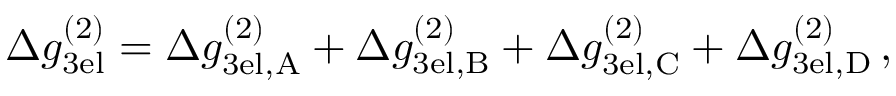
\Delta g _ { \mathrm { 3 e l } } ^ { ( 2 ) } = \Delta g _ { \mathrm { 3 e l , A } } ^ { ( 2 ) } + \Delta g _ { \mathrm { 3 e l , B } } ^ { ( 2 ) } + \Delta g _ { \mathrm { 3 e l , C } } ^ { ( 2 ) } + \Delta g _ { \mathrm { 3 e l , D } } ^ { ( 2 ) } \, ,